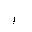
Letter: _alif